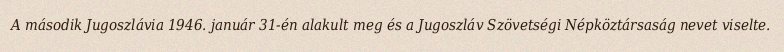
A második Jugoszlávia 1946. január 31-én alakult meg és a Jugoszláv Szövetségi Népköztársaság nevet viselte.